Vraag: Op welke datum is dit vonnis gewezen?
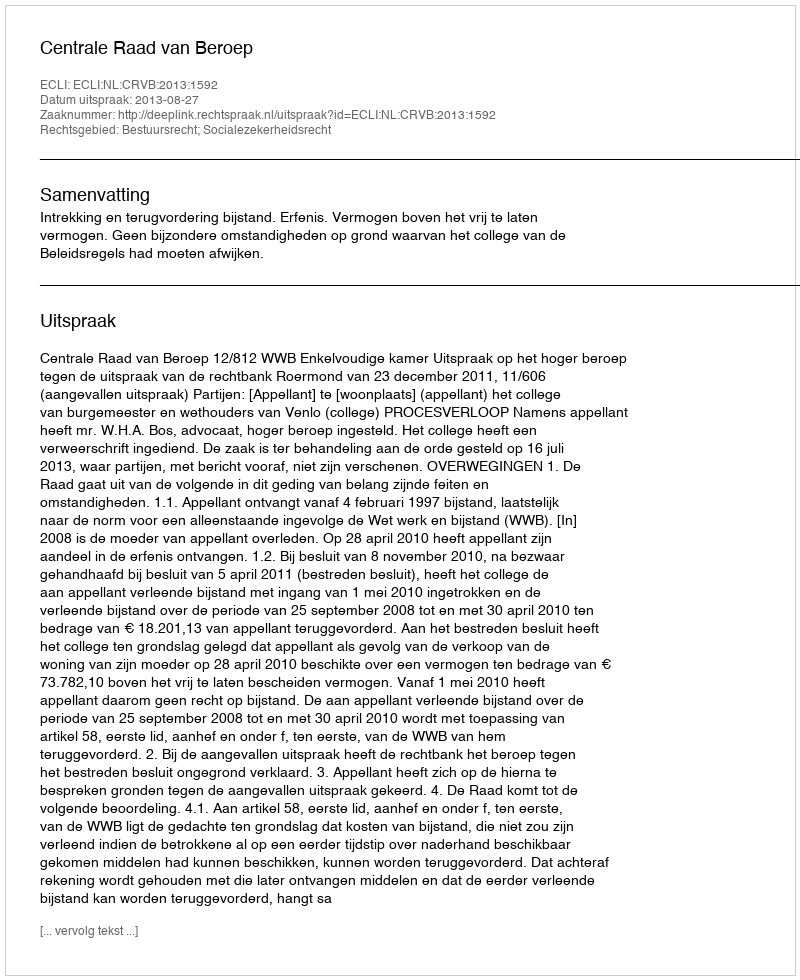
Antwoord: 2013-08-27